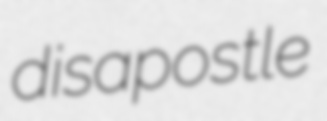
disapostle